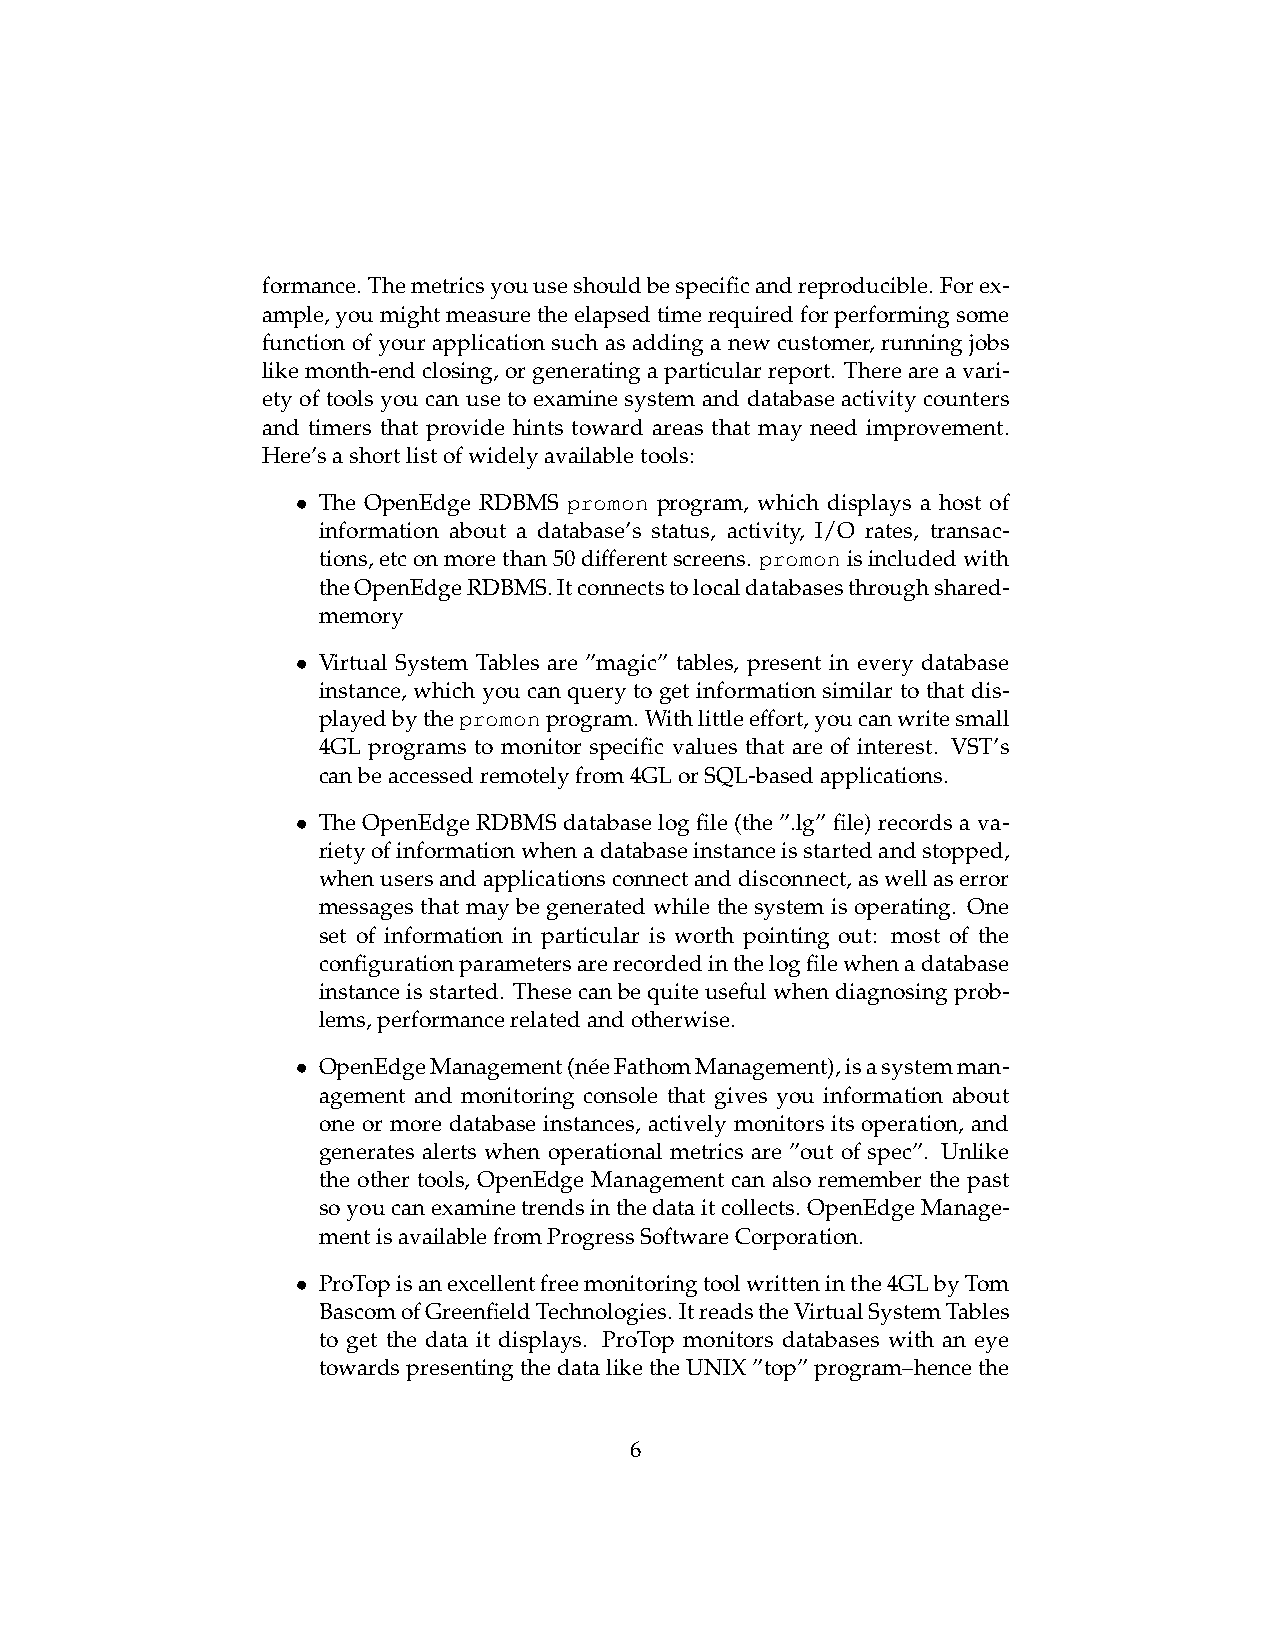
formance. Themetricsyouuseshouldbespecificandreproducible. Forex-
 ample,youmightmeasuretheelapsedtimerequiredforperformingsome
 function of your application such as adding a new customer, running jobs
 likemonth-endclosing,orgeneratingaparticularreport. Thereareavari-
 ety of tools you can use to examine system and database activity counters
 and timers that provide hints toward areas that may need improvement.
 Here’sashortlistofwidelyavailabletools:
 • The OpenEdge RDBMS promon program, which displays a host of
 information about a database’s status, activity, I/O rates, transac-
 tions,etconmorethan50differentscreens. promonisincludedwith
 theOpenEdgeRDBMS.Itconnectstolocaldatabasesthroughshared-
 memory
 • Virtual System Tables are ”magic” tables, present in every database
 instance, which you can query to get information similar to that dis-
 playedbythepromonprogram. Withlittleeffort,youcanwritesmall
 4GL programs to monitor specific values that are of interest. VST’s
 canbeaccessedremotelyfrom4GLorSQL-basedapplications.
 • The OpenEdge RDBMS database log file (the ”.lg” file) records a va-
 rietyofinformationwhenadatabaseinstanceisstartedandstopped,
 whenusersandapplicationsconnectanddisconnect,aswellaserror
 messages that may be generated while the system is operating. One
 set of information in particular is worth pointing out: most of the
 configurationparametersarerecordedinthelogfilewhenadatabase
 instanceisstarted. Thesecanbequiteusefulwhendiagnosingprob-
 lems,performancerelatedandotherwise.
 • OpenEdgeManagement(ne´eFathomManagement),isasystemman-
 agement and monitoring console that gives you information about
 one or more database instances, actively monitors its operation, and
 generates alerts when operational metrics are ”out of spec”. Unlike
 the other tools, OpenEdge Management can also remember the past
 soyoucanexaminetrendsinthedataitcollects. OpenEdgeManage-
 mentisavailablefromProgressSoftwareCorporation.
 • ProTopisanexcellentfreemonitoringtoolwritteninthe4GLbyTom
 BascomofGreenfieldTechnologies. ItreadstheVirtualSystemTables
 to get the data it displays. ProTop monitors databases with an eye
 towardspresentingthedataliketheUNIX”top”program–hencethe
 6